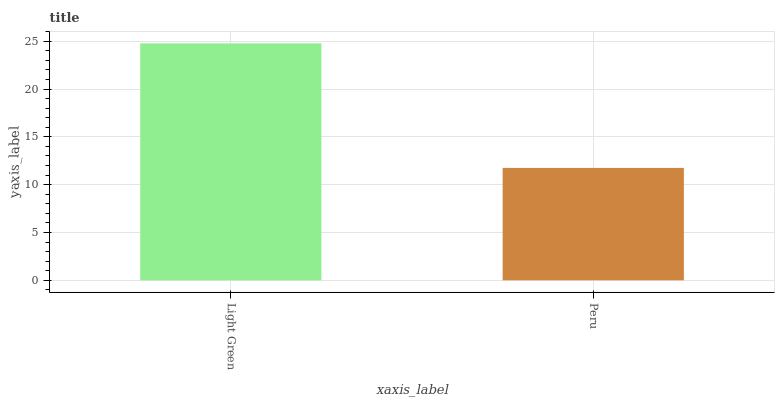
| xaxis_label | bars |
 | --- | --- |
 | Light Green | 24.8 |
 | Peru | 11.8 |